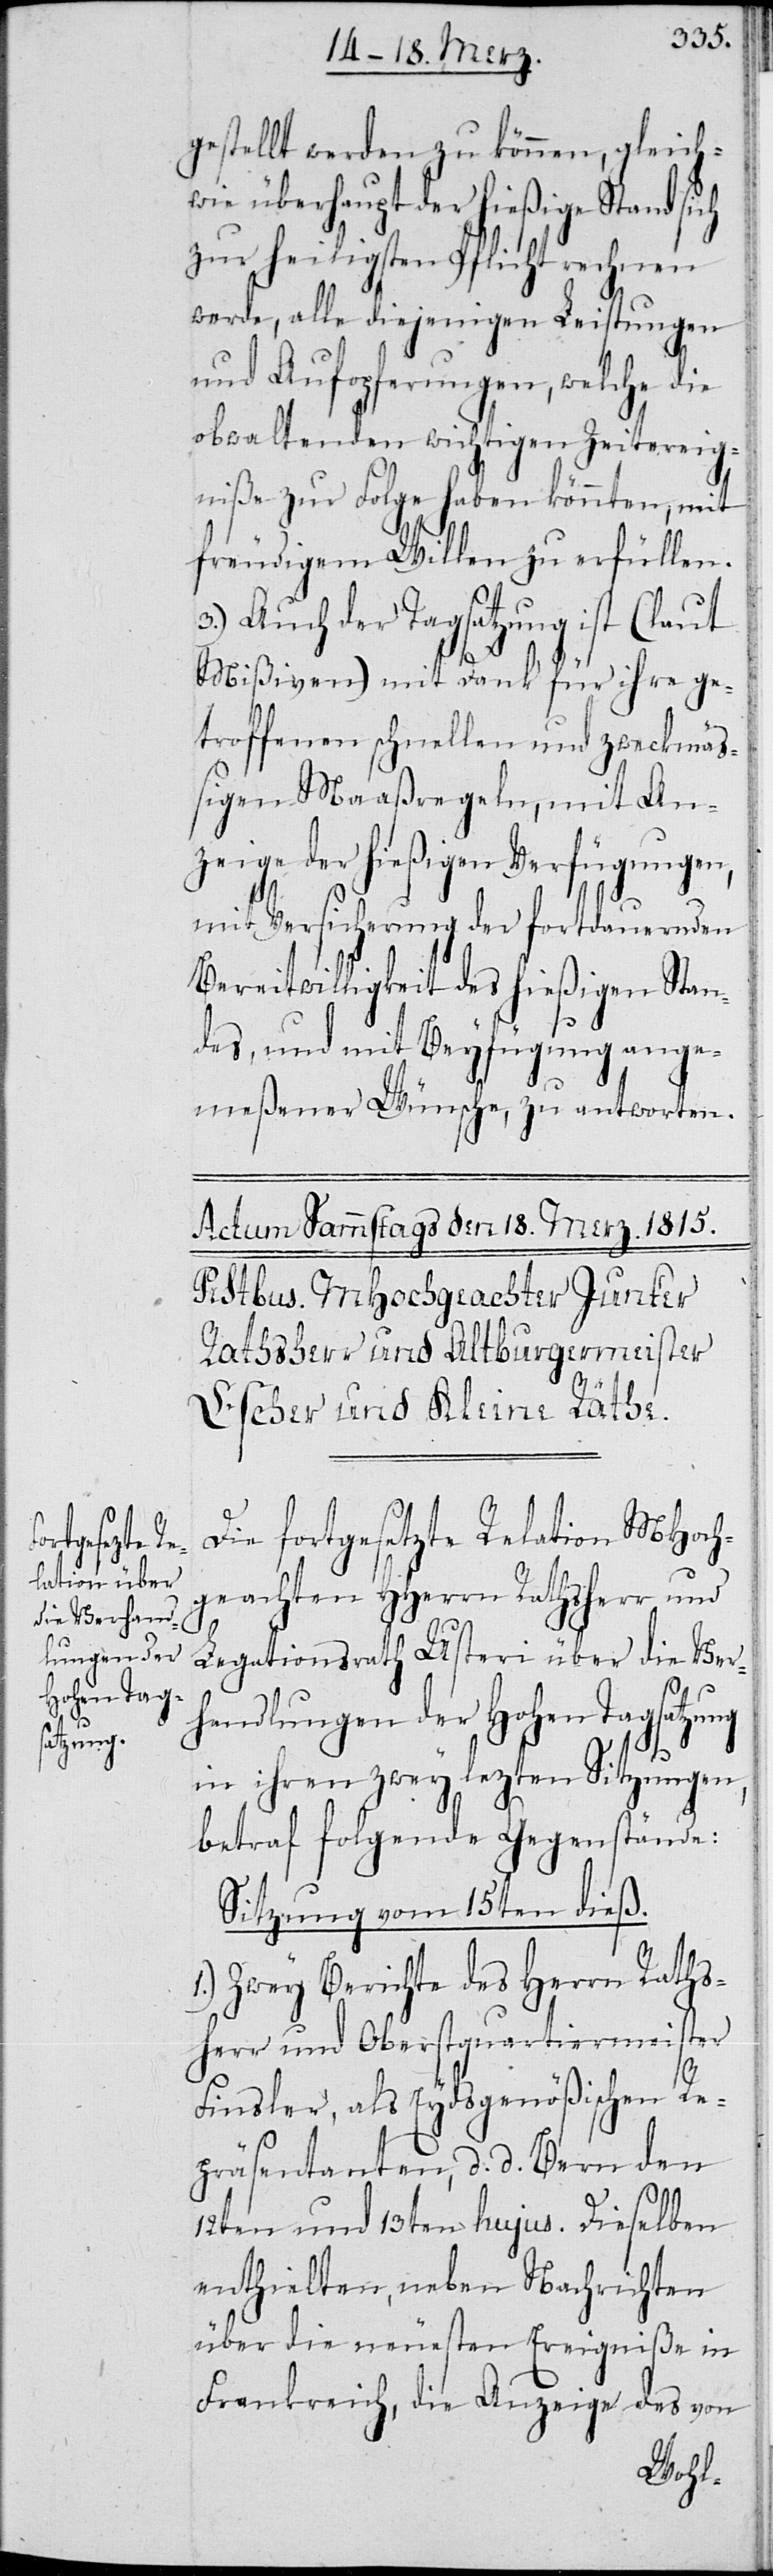
gestellt werden zu können, gleich¬
wie überhaupt der hießige Stand sich
zur heiligsten Pflicht rechnen
werde, alle diejenigen Leistungen
und Aufopferungen, welche die
obwaltenden wichtigen Zeitereig¬
niße zur Folge haben könnten, mit
freudigem Willen zu erfüllen.
3.) Auch der Tagsatzung ist (laut
Mißiven) mit Dank für ihre ge¬
troffenen schnellen und zweckmäß¬
igen Maaßregeln, mit An¬
zeige der hießigen Verfügungen,
mit Versicherung der fortdauernden
Bereitwilligkeit des hießigen Stan¬
des, und mit Beyfügung ange¬
meßener Wünsche, zu antworten.
Die fortgesetzte Relation MHoch¬
geachten HHerrn Rathsherr und
Legationsrath Usteri über die Ver¬
handlungen der Hohen Tagsatzung
in ihren zwey lezten Sitzungen,
betraf folgende Gegenstände:
Sitzung vom 15ten dieß.
1.) Zwey Berichte des Herrn Raths¬
herr und Oberstquartiermeister
Finsler, als Eydsgenößischen Re¬
präsentanten, d. d. Bern den
12ten und 13ten hujus. Dieselben
enthielten, neben Nachrichten
über die neuesten Ereigniße in
Frankreich, die Anzeige des von